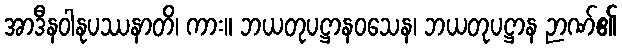
အာဒီနဝါနုပဿနာတိ၊ ကား။ ဘယတုပဋ္ဌာနဝသေန၊ ဘယတုပဋ္ဌာန ဉာဏ်၏